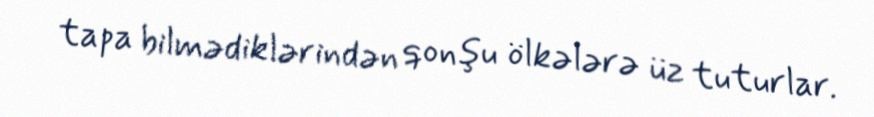
tapa bilmədiklərindən qonşu ölkələrə üz tuturlar.